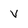
Character: V